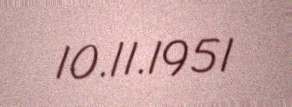
10.11.1951